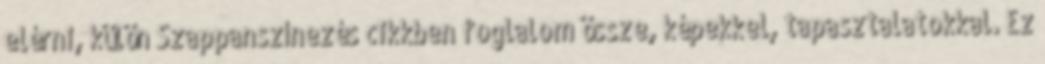
elérni, külön Szappanszínezés cikkben foglalom össze, képekkel, tapasztalatokkal. Ez